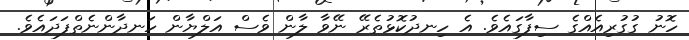
ހޮނު ގުގުރިއެއްގެ ސިފާގައެވެ. އެ ހިނދުކޮޅުތެރޭ ނޭވާ ލާން ވެސް އަލްޔާން ހަނދާންނެތްފަދައެވެ.